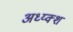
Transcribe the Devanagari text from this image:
अध्य्क्श